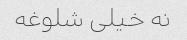
نه خیلی شلوغه